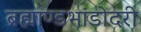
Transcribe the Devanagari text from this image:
ब्रह्माण्डभांडोदरी